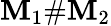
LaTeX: \mathbf{M}_{1}\# \mathbf{M}_{2}